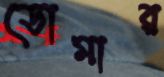
ডোমার